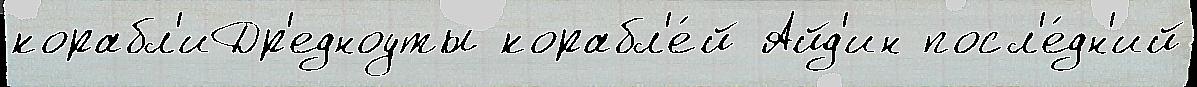
корабл'иДр'едноуты корабл'е́й Айд'ин посл'е́дн'ий